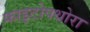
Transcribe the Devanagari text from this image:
फाइटोपथोरा